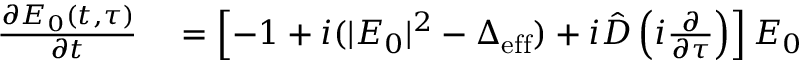
\begin{array} { r l } { \frac { \partial E _ { 0 } ( t , \tau ) } { \partial t } } & { { } = \left[ - 1 + i ( | E _ { 0 } | ^ { 2 } - \Delta _ { \mathrm { e f f } } ) + i \hat { D } \left( i \frac { \partial } { \partial \tau } \right) \right] E _ { 0 } } \end{array}